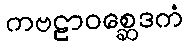
ကဗဠာဝစ္ဆေဒကံ